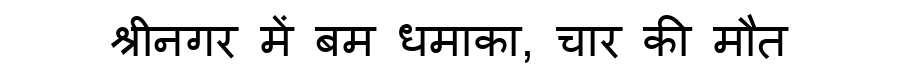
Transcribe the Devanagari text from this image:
श्रीनगर में बम धमाका, चार की मौत